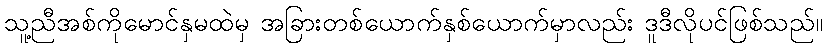
သူ့ညီအစ်ကိုမောင်နှမထဲမှ အခြားတစ်ယောက်နှစ်ယောက်မှာလည်း ဒူဒီလိုပင်ဖြစ်သည်။